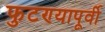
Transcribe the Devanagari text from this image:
फुटण्यापूर्वी